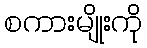
စကားမျိုးကို